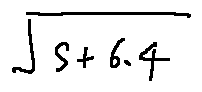
\sqrt { s + 6 . 4 }